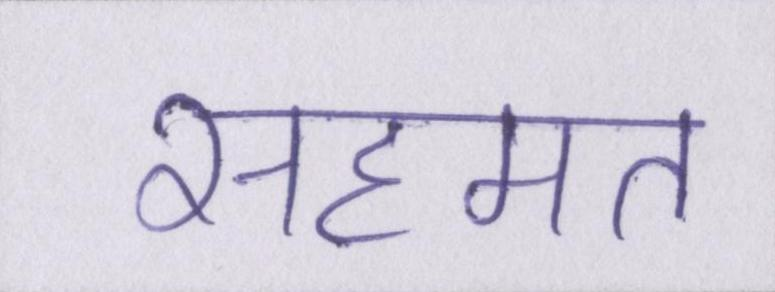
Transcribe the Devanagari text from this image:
सहमत